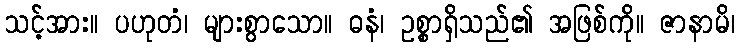
သင့်အား။ ပဟုတံ၊ များစွာသော။ ဓနံ၊ ဥစ္စာရှိသည်၏ အဖြစ်ကို။ ဇာနာမိ၊